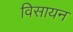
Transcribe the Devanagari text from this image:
विसायन